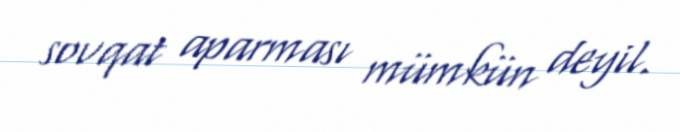
sovqat aparması mümkün deyil.